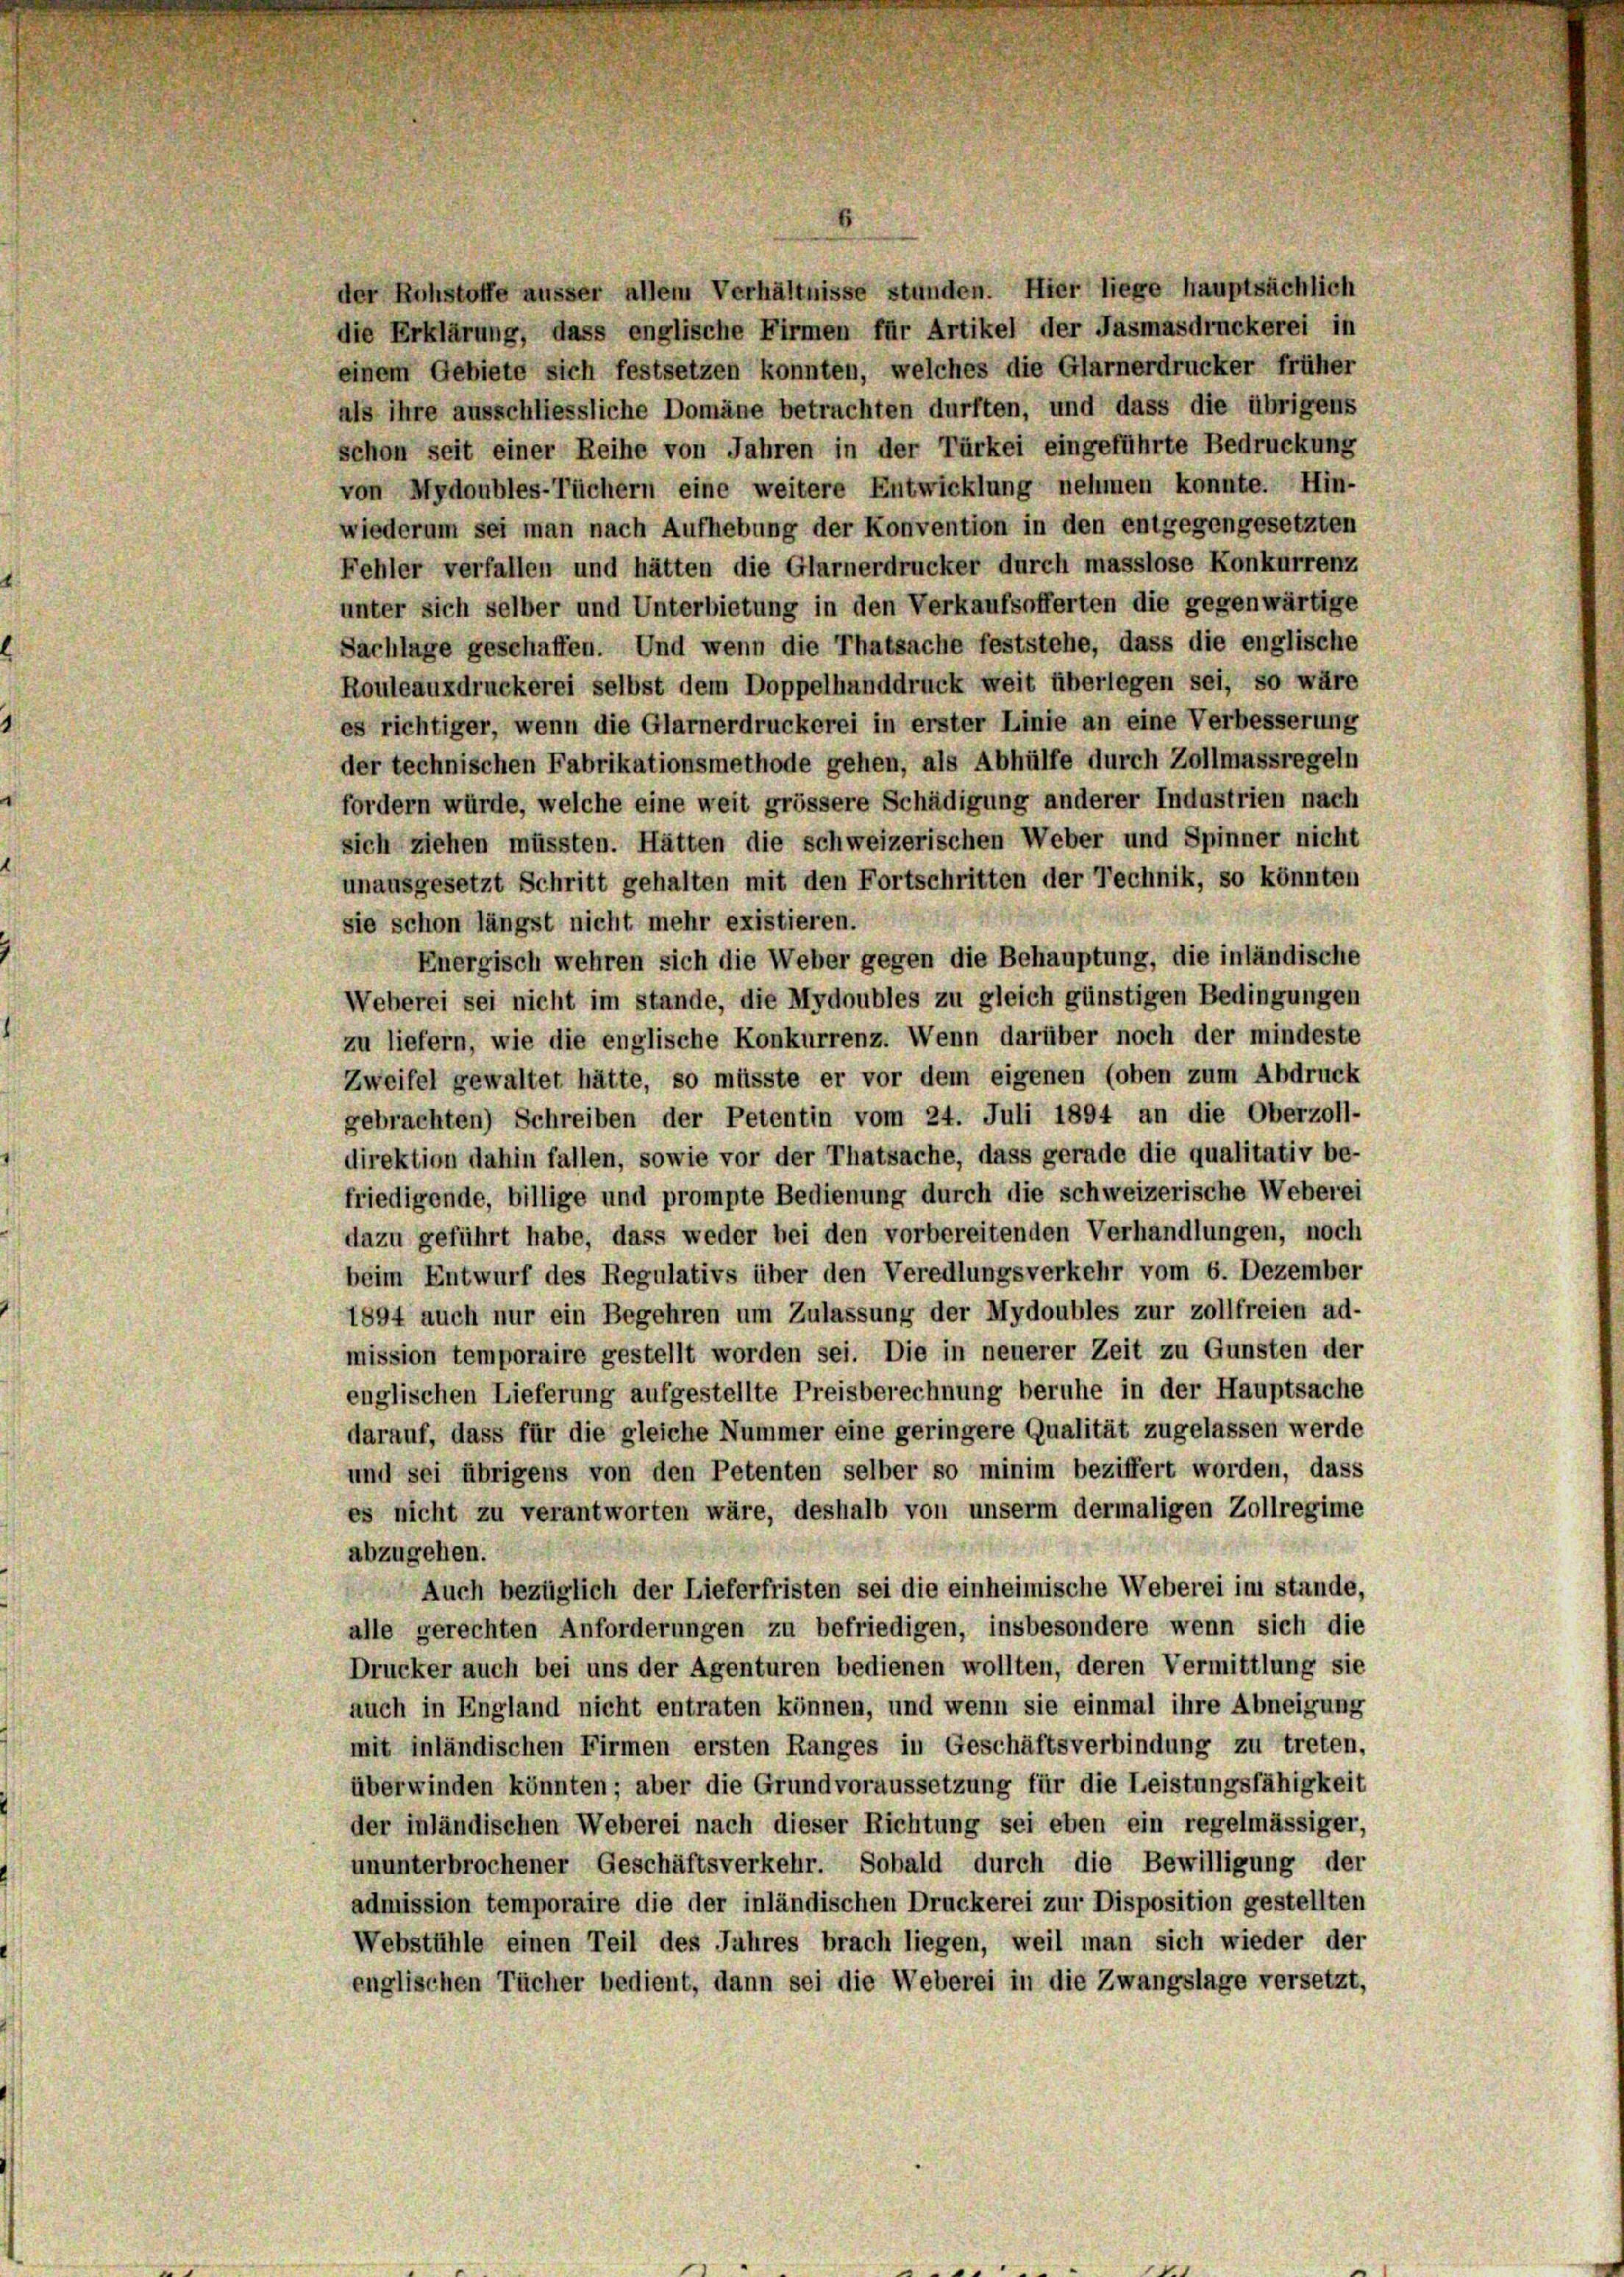
der Rohstoffe äusser allem Verhältnisse stunden. Hier liege hauptsächlich
die Erklärung, dass englische Firmen für Artikel der Jasmasdruckerei in
einem Gebiete sich festsetzen konnten, welches die Glarnerdrucker früher
als ihre ausschliessliche Domäne betrachten durften, und dass die übrigens
schon seit einer Reihe von Jahren in der Türkei eingeführte Bedruckung
von Mydoubles-Tüchern eine weitere Entwicklung nehmen konnte. Hin-
wiederum sei man nach Aufhebung der Konvention in den entgegengesetzten
Fehler verfallen und hätten die Glarnerdrucker durch masslose Konkurrenz
unter sich selber und Unterbietung in den Verkaufsofferten die gegenwärtige
Sachlage geschaffen. Und wenn die Thatsache feststehe, dass die englische
Rouleauxdruckerei selbst dem Doppelhanddruck weit überlegen sei, so wäre
es richtiger, wenn die Glarnerdruckerei in erster Linie an eine Verbesserung
der technischen Fabrikationsmethode gehen, als Abhülfe durch Zollmassregeln
fordern würde, welche eine weit grössere Schädigung anderer Industrien nach
sich ziehen müssten. Hätten die schweizerischen Weber und Spinner nicht
unausgesetzt Schritt gehalten mit den Fortschritten der Technik, so könnten
sie schon längst nicht mehr existieren.
Energisch wehren sich die Weber gegen die Behauptung, die inländische
Weberei sei nicht im stande, die Mydoubles zu gleich günstigen Bedingungen
zu liefern, wie die englische Konkurrenz. Wenn darüber noch der mindeste
Zweifel gewaltet hätte, so müsste er vor dem eigenen (oben zum Abdruck
gebrachten) Schreiben der Petentin vom 24. Juli 1894 an die Oberzoll-
direktion dahin fallen, sowie vor der Thatsache, dass gerade die qualitativ be-
friedigende, billige und prompte Bedienung durch die schweizerische Weberei
dazu geführt habe, dass weder bei den vorbereitenden Verhandlungen, noch
beim Entwurf des Regulativs über den Veredlungsverkehr vom 6. Dezember
1894 auch nur ein Begehren um Zulassung der Mydoubles zur zollfreien ad-
mission temporaire gestellt worden sei. Die in neuerer Zeit zu Gunsten der
englischen Lieferung aufgestellte Preisberechnung beruhe in der Hauptsache
darauf, dass für die gleiche Nummer eine geringere Qualität zugelassen werde
und sei übrigens von den Petenten selber so minim beziffert worden, dass
es nicht zu verantworten wäre, deshalb von unserm dermaligen Zollregime
abzugehen.
Auch bezüglich der Lieferfristen sei die einheimische Weberei im stande,
alle gerechten Anforderungen zu befriedigen, insbesondere wenn sich die
Drucker auch bei uns der Agenturen bedienen wollten, deren Vermittlung sie
auch in England nicht entraten können, und wenn sie einmal ihre Abneigung
mit inländischen Firmen ersten Ranges in Geschäftsverbindung zu treten,
überwinden könnten; aber die Grundvoraussetzung für die Leistungsfähigkeit
der inländischen Weberei nach dieser Richtung sei eben ein regelmässiger,
ununterbrochener Geschäftsverkehr. Sobald durch die Bewilligung der
admission temporaire die der inländischen Druckerei zur Disposition gestellten
Webstühle einen Teil des Jahres brach liegen, weil man sich wieder der
englischen Tücher bedient, dann sei die Weberei in die Zwangslage versetzt,